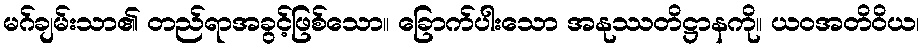
မဂ်ချမ်းသာ၏ တည်ရာအခွင့်ဖြစ်သော။ ခြောက်ပါးသော အနုဿတိဋ္ဌာနကို။ ယဝအတိဝိယ၊